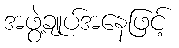
အဖွဲ့ချုပ်အနေဖြင့်